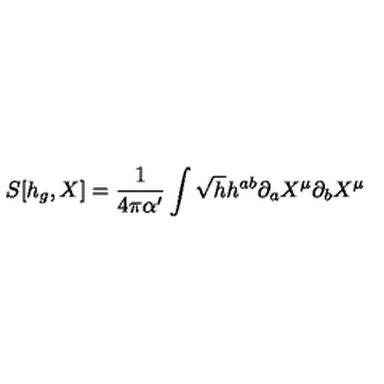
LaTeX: S [ h _ { g } , X ] = \frac { 1 } { 4 \pi \alpha ^ { \prime } } \int \sqrt { h } h ^ { a b } \partial _ { a } X ^ { \mu } \partial _ { b } X ^ { \mu }